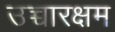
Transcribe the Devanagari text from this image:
उच्चारक्षम